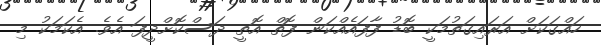
ހައްގަކަށް އަރައިގަތުމަކީ ބޮޑު ފާފައެއްކަން ފޮތް އޮތީ ދަސްކޮށްދީފަ އެވެ. އެކަމަކު މި